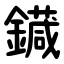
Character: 䥠